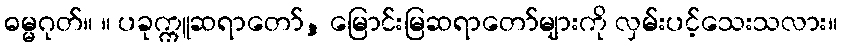
ဓမ္မဂုတ်။ ။ ပခုက္ကူဆရာတော်, မြောင်းမြဆရာတော်များကို လှမ်းပင့်သေးသလား။